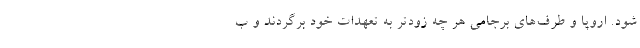
شود. اروپا و طرف‌های برجامی هر چه زودتر به تعهدات خود برگردند و ب